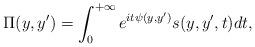
LaTeX: \begin{align*}\Pi(y,y')=\int_{0}^{+\infty}e^{it\psi(y,y')}s(y,y',t)dt,\end{align*}